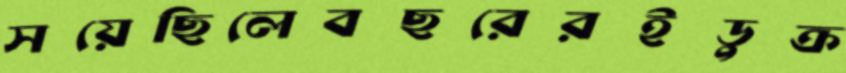
সয়েছিলেবছরেরইডুক্‌র